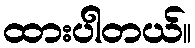
ထားပါတယ်။